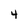
Character: 4